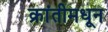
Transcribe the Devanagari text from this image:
क्रांतीमधून